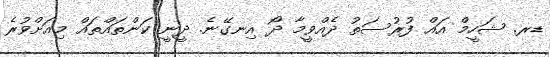
ޑރ. ޝަހީމް އައް ފުރުސަތު ދެއްވީމާ ދޯ އިނގޭނެ. ދީނީ ކަންތައްތައް މިއަށްވުރެ